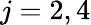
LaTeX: j=2,4